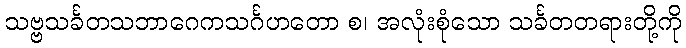
သဗ္ဗသင်္ခတသဘာဂေကသင်္ဂဟတော စ၊ အလုံးစုံသော သင်္ခတတရားတို့ကို